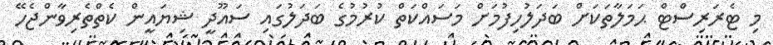
މި ޓެރަރިސްޓް ޙަމަލާތަކަށް ބަދަލުހިފުމަށް މަސައްކަތް ކުރުމުގެ ބަދަލުގައި ސައޫދީ ޝިޔައީން ކެތްތެރިވާންޖެހޭ